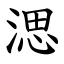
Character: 㴓